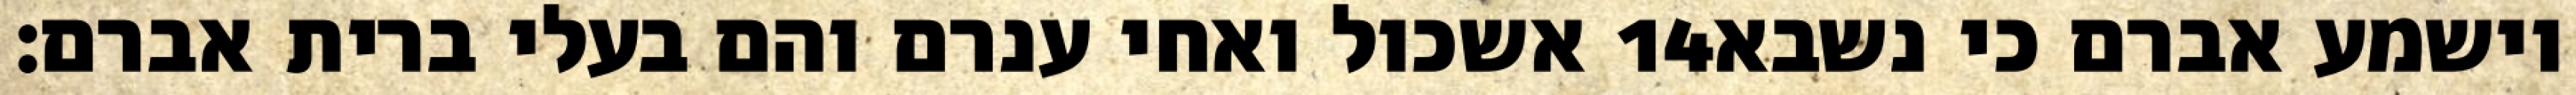
אשכול ואחי ענרם והם בעלי ברית אברם׃ ‎14‏ וישמע אברם כי נשבא